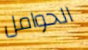
الحوامل